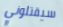
سيقتلوني